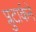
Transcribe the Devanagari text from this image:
प्लुटार्कने